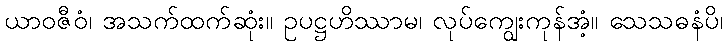
ယာဝဇီဝံ၊ အသက်ထက်ဆုံး။ ဥပဋ္ဌဟိဿာမ၊ လုပ်ကျွေးကုန်အံ့။ သေသဓနံပိ၊